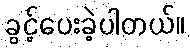
ခွင့်ပေးခဲ့ပါတယ်။